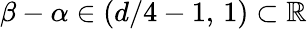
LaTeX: \beta-\alpha\in(d/4-1,\, 1)\subset\mathbb R